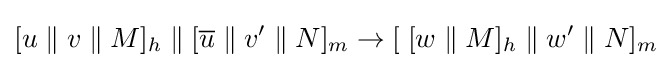
[u\;\|\;v\;\|\;M]_{h}\;\|\;[{\overline {u}}\;\|\;v'\;\|\;N]_{m}\rightarrow [\;[w\;\|\;M]_{h}\;\|\;w'\;\|\;N]_{m}